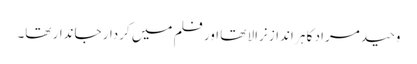
وحید مراد کا ہر انداز نرالا تھا اور فلم میں کردار جاندار تھا۔